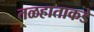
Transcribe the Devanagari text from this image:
तळहाताकडे